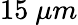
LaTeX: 15\ \mu m